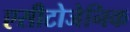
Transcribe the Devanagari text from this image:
एसीटोजेनिक